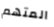
المتهم